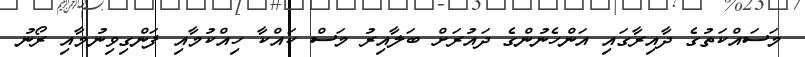
މަސައްކަތުގެ ދާއިރާގައި އަންހެނުންގެ ދައުރަށް ބަލާއިރު މަސް ކައްކާ ހިއްކުމާއި ފަންގިވިނުމާއި ރޯނު